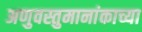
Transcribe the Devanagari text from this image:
अणुवस्तुमानांकाच्या